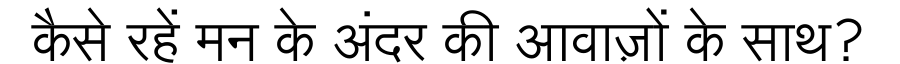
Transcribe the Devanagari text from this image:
कैसे रहें मन के अंदर की आवाज़ों के साथ?